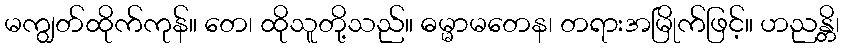
မကျွတ်ထိုက်ကုန်။ တေ၊ ထိုသူတို့သည်။ ဓမ္မာမတေန၊ တရားအမြိုက်ဖြင့်။ ဟညန္တိ၊